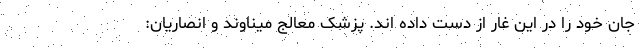
جان خود را در این غار از دست داده اند. پزشک معالج میناوند و انصاریان: